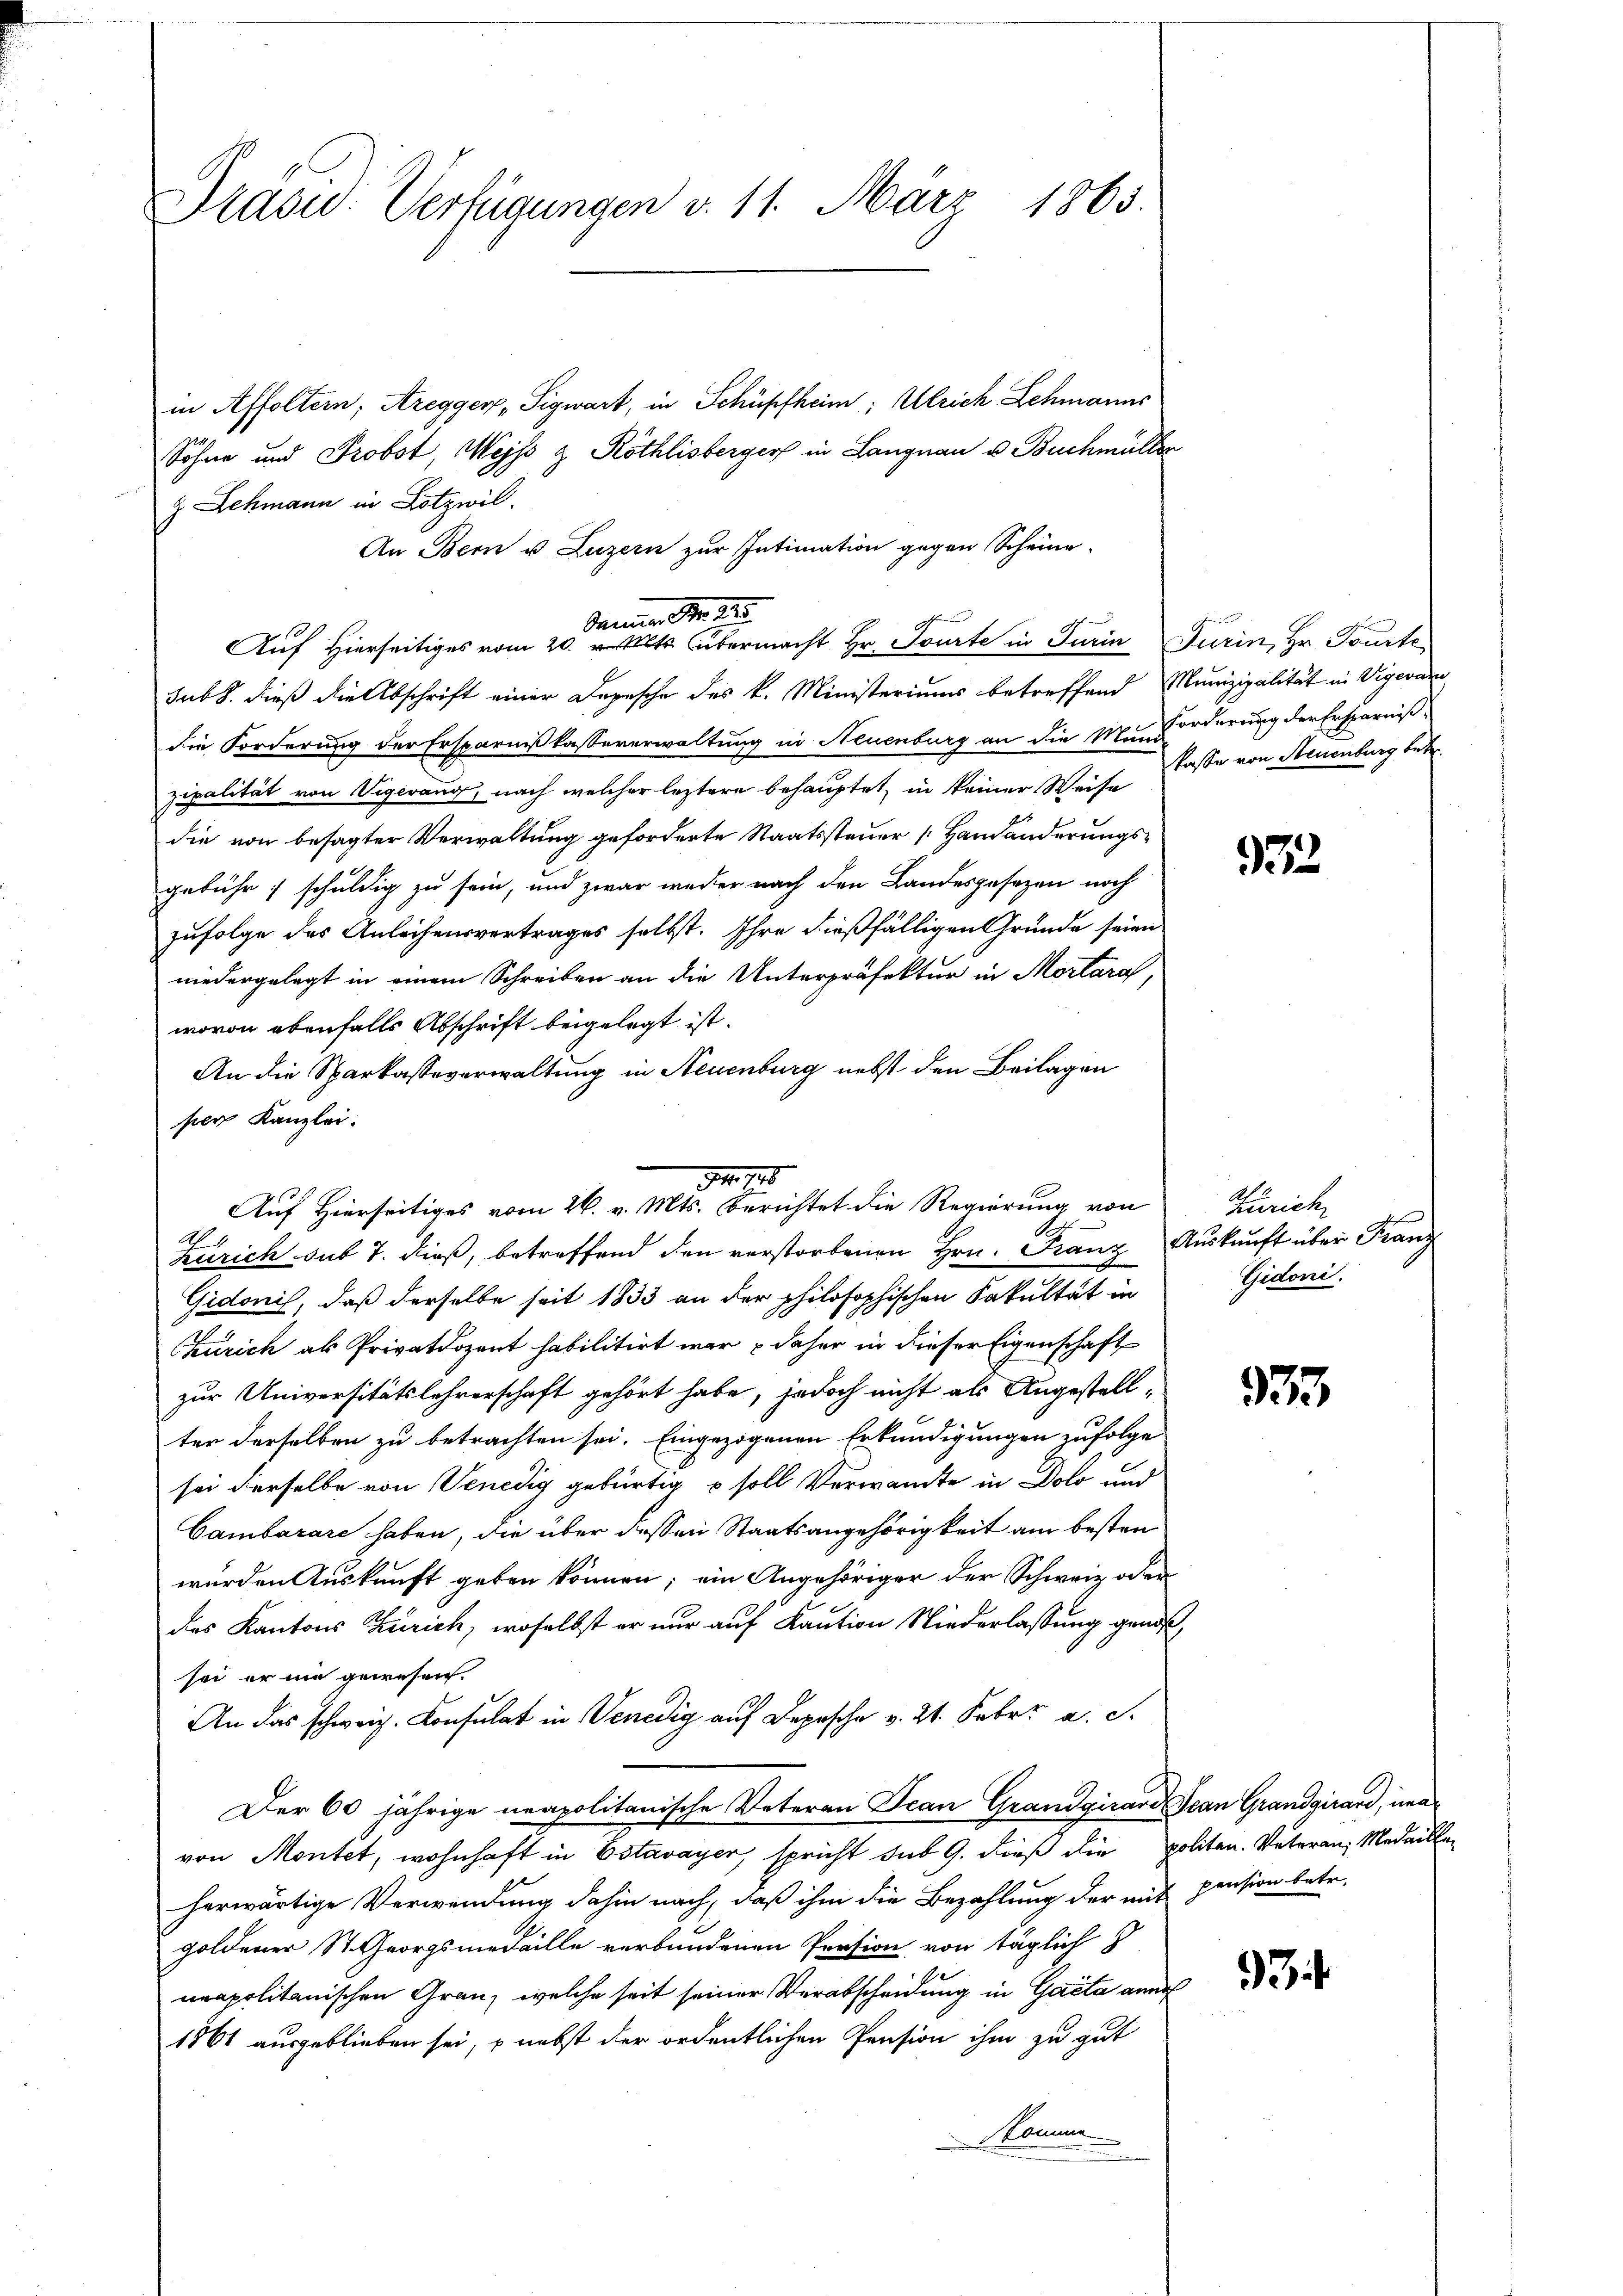
Präsid.: Verfügungen v. 11. März 1865.

in Affoltern, Aregger, Sigwart, in Schüpfheim; Ulrich Schmanns
Söhne und Probst, Weis & Röthlisberger in Langnau u. Buchmüller
Lehmann in Lotzwil.
An Bern u. Luzern zur Intimation gegen Scheine
ame . .
Gr
Auf Hierseitiges vom 20. alt übermacht Hr. Tourte in Turin Turin, Hr. Tourte
sub. dieß die Abschrift einer Depesche des k. Ministeriums betreffend Munizipalität in Vigeva
die Forderung der Ersparnißkassererwaltung in Neuenburg an die Munchorderung der Ersparniß
zipalität von Vigevang, nach welcher leztere behauptet, in keiner Weise
die von besagter Verwaltung geforderte Staatssteuer Handänderungsgebühr schuldig zu sein, und zwar weder nach den Landesgesezen noch
zufolge des Anleihensvertrages selbst. Ihre dießfälligen Gründe seien
niedergelegt in einem Schreiben an die Unterpräfektur in Mortara,
wovon ebenfalls Abschrift beigelegt ist.
An die Sparkasseverwaltung in Neuenburg nebst den Beilagen
per Kanzlei.
Zürich sub 7. dieß, betreffend den verstorbenen Hrn. Franz Auskunft über Franz
Gidonis, daß derselbe seit 1833 an der philosophischen Fakultät in
Zürich als Privatdozent habilitirt war daher in dieser Eigenschaft
zur Universitätslehrerschaft gehört habe, jedoch nicht als Angestellter derselben zu betrachten sei. Eingezogenen Erkundigungen zufolge
sei derselbe von Venedig gebürtig u soll Verwandte in Dolo und
Cambarare haben, die über dessen Staatsangehörigkeit am besten
wurden Auskunft geben können; ein Angehöriger der Schweiz oder
des Kantons Zürich, woselbst er nur auf Kaution Niederlassung gendsch
sei er nie gewesen.
An das schweiz. Konsulat in Venedig auf Depesche v. 21. Febr. a. S.
Der 60 jährige neapolitanische Veteran Jean Grandgirard Jean Grandgirard, unavon Montet, wohnhaft in Estavayer, spricht sub 9. dieß die politen-Veteran, Medailleherwärtige Verwendung dahin nach, daß ihm die Bezahlung der mit pension betr.
goldener St. Georgsmedaille verbundenen Persion von täglich
neapolitanischen Grau, welche seit seiner Verabscheidung in Gaeta anal
1861 ausgeblieben sei, nebst der ordentlichen Pension ihm zu gut
Komm

34. 728
Auf Hierseitiges vom 26. v. Mts. berichtet die Regierung von

kasse von Steuenburg betr.

922

Zürich
Gidoni.

333

3